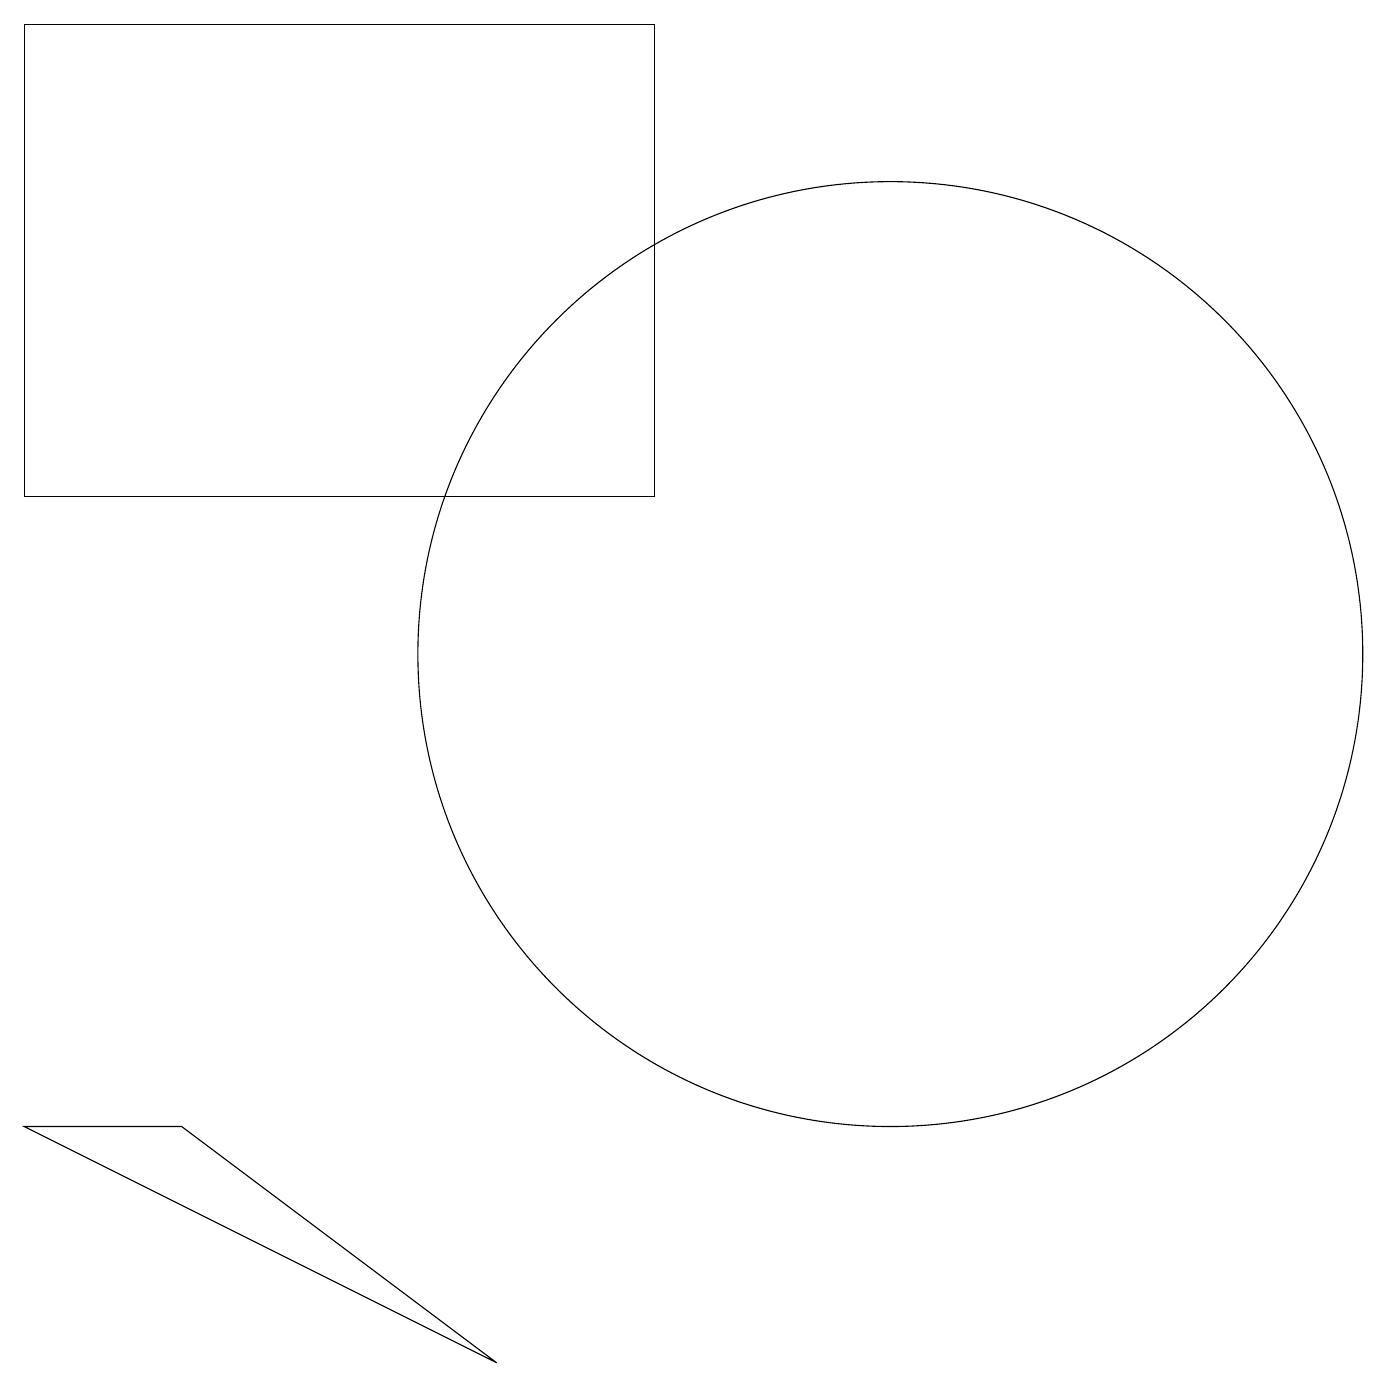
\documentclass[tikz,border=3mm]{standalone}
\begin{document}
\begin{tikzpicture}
\draw (11,11) circle (6);
\draw (0,5) -- (6,2) -- (2,5) -- cycle;
\draw (8,13) rectangle (0,19);
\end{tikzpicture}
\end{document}